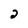
Character: 2